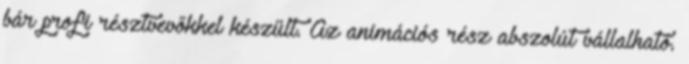
bár profi résztvevőkkel készült. Az animációs rész abszolút vállalható.